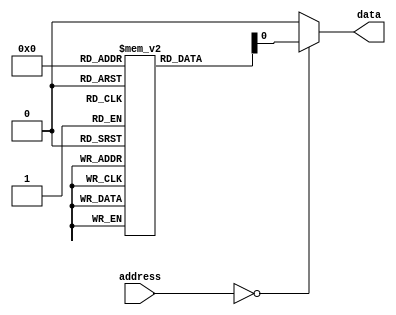
module Fuse_ROM (
    input wire [7:0] address,
    output reg data
);

reg [7:0] memory [0:255]; // 256 memory locations

initial begin
    // Initialize memory with data represented by blown fuses
    memory[0] = 8'b11010011; // Example data for memory location 0
    // Add more initializations for other memory locations if needed
end

always @* begin
    case(address)
        8'h00: data <= memory[0];
        // Add more cases for other memory locations
        default: data <= 8'b0; // Default value if address is not found
    endcase
end

endmodule